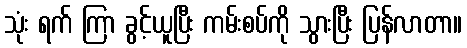
သုံး ရက် ကြာ ခွင့်ယူပြီး ကမ်းစပ်ကို သွားပြီး ပြန်လာတာ။